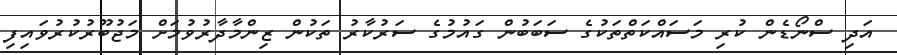
އަދި ސްނޯޑެން ކުރި މަސައްކަތްތަކުގެ ސަބަބުން ގައުމުގެ ސަރުކާރު ތަކުން ޒިންމާދާރުވުމަށް މަޖުބޫރުކުރުވައިފި